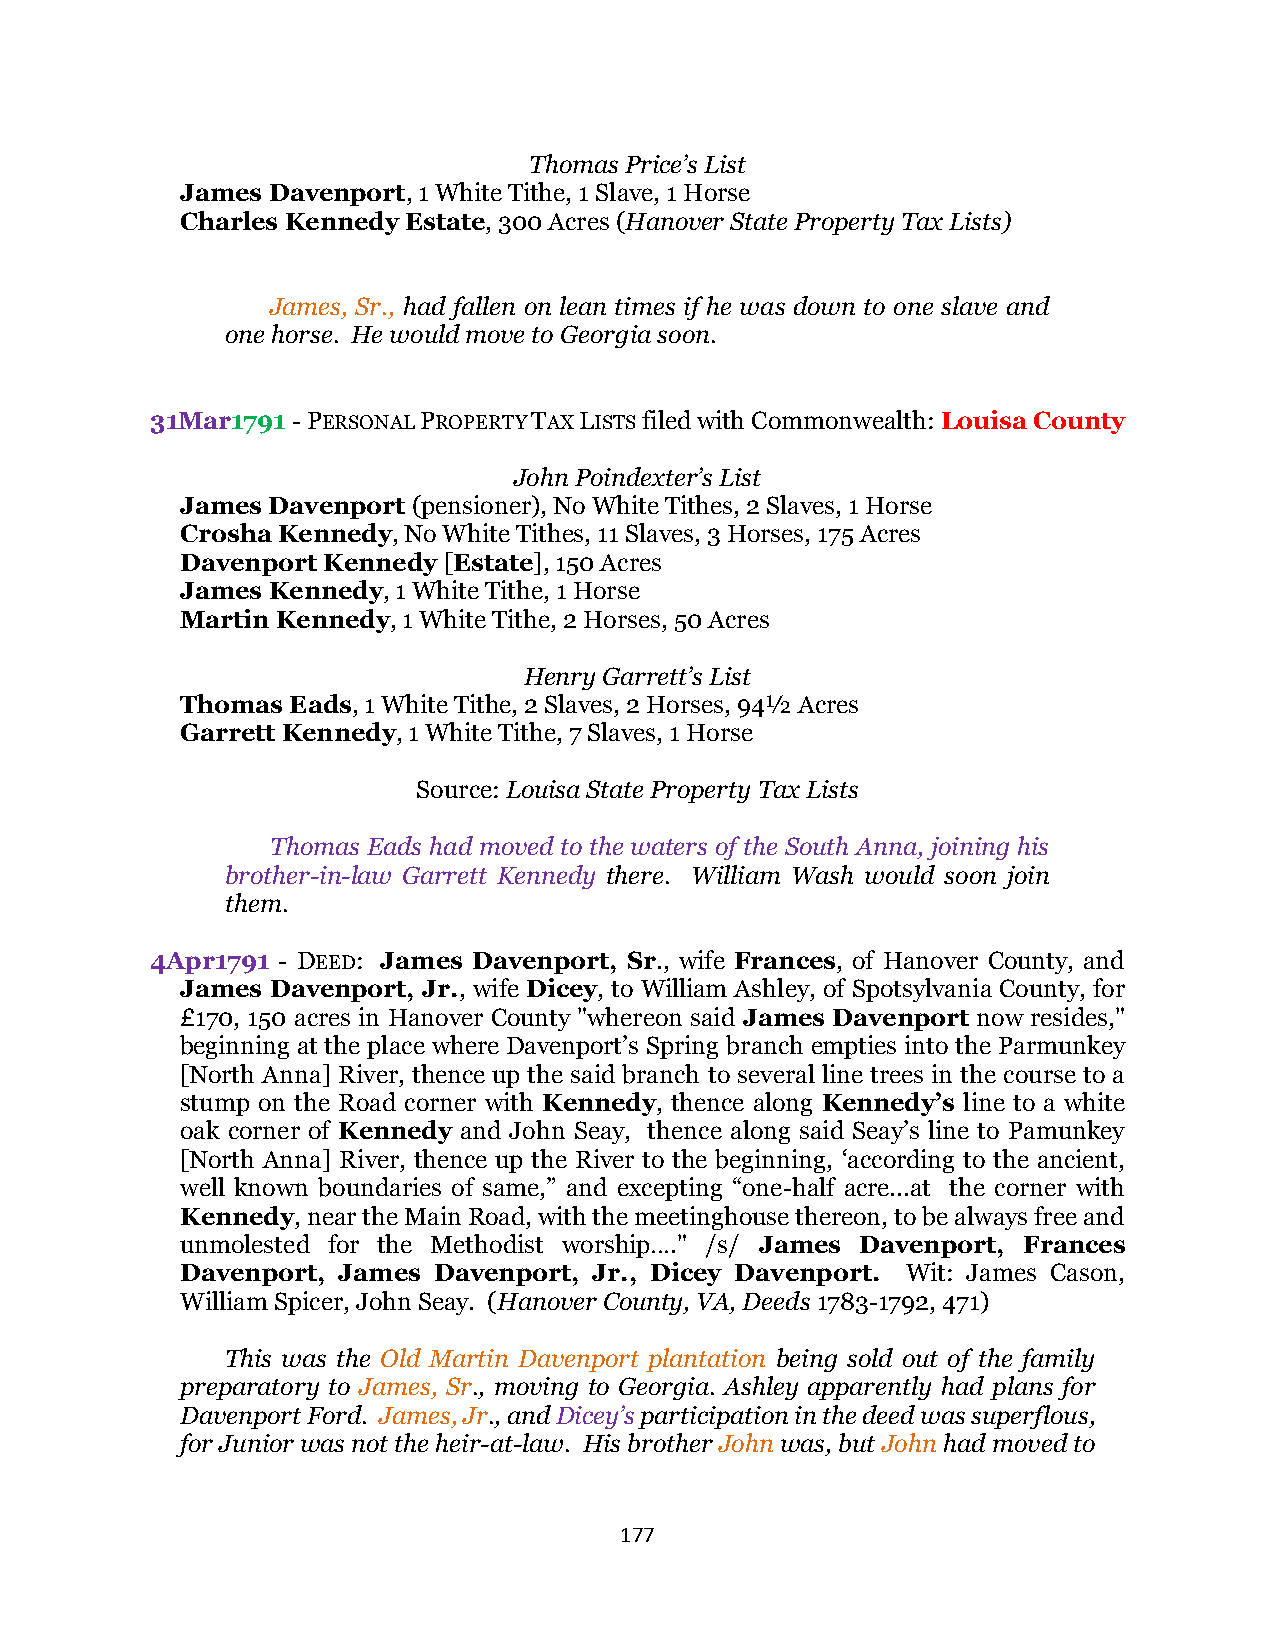
Thomas Price’s List
 James Davenport, 1 White Tithe, 1 Slave, 1 Horse
 Charles Kennedy Estate, 300 Acres (Hanover State Property Tax Lists)
 James, Sr., had fallen on lean times if he was down to one slave and
 one horse. He would move to Georgia soon.
 31Mar1791 - PERSONAL PROPERTY TAX LISTS filed with Commonwealth: Louisa County
 John Poindexter’s List
 James Davenport (pensioner), No White Tithes, 2 Slaves, 1 Horse
 Crosha Kennedy, No White Tithes, 11 Slaves, 3 Horses, 175 Acres
 Davenport Kennedy [Estate], 150 Acres
 James Kennedy, 1 White Tithe, 1 Horse
 Martin Kennedy, 1 White Tithe, 2 Horses, 50 Acres
 Henry Garrett’s List
 Thomas Eads, 1 White Tithe, 2 Slaves, 2 Horses, 94½ Acres
 Garrett Kennedy, 1 White Tithe, 7 Slaves, 1 Horse
 Source: Louisa State Property Tax Lists
 Thomas Eads had moved to the waters of the South Anna, joining his
 brother-in-law Garrett Kennedy there. William Wash would soon join
 them.
 4Apr1791 - DEED: James Davenport, Sr., wife Frances, of Hanover County, and
 James Davenport, Jr., wife Dicey, to William Ashley, of Spotsylvania County, for
 £170, 150 acres in Hanover County "whereon said James Davenport now resides,"
 beginning at the place where Davenport’s Spring branch empties into the Parmunkey
 [North Anna] River, thence up the said branch to several line trees in the course to a
 stump on the Road corner with Kennedy, thence along Kennedy’s line to a white
 oak corner of Kennedy and John Seay, thence along said Seay’s line to Pamunkey
 [North Anna] River, thence up the River to the beginning, ‘according to the ancient,
 well known boundaries of same,” and excepting “one-half acre...at the corner with
 Kennedy, near the Main Road, with the meetinghouse thereon, to be always free and
 unmolested for the Methodist worship…." /s/ James Davenport, Frances
 Davenport, James Davenport, Jr., Dicey Davenport. Wit: James Cason,
 William Spicer, John Seay. (Hanover County, VA, Deeds 1783-1792, 471)
 This was the Old Martin Davenport plantation being sold out of the family
 preparatory to James, Sr., moving to Georgia. Ashley apparently had plans for
 Davenport Ford. James, Jr., and Dicey’s participation in the deed was superflous,
 for Junior was not the heir-at-law. His brother John was, but John had moved to
 177